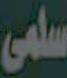
سلمى